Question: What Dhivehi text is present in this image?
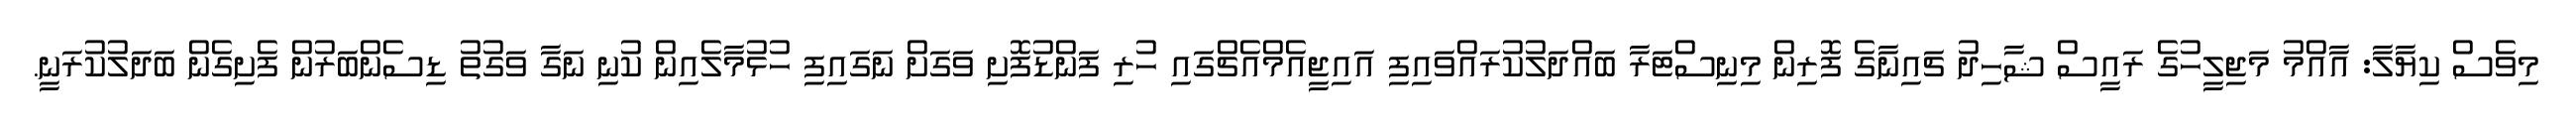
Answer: މިވެސް ކިޔާލާ: އާއްމު މަޖިލީހުގެ ރައީސް ޝާހިދު ޗައިނާގެ ފޮރިން މިނިސްޓަރާ ބައްދަލުކުރައްވައިފި އައިޖީއެމްއެޗްގައި ހުރި ފަންޑުފޮށި ވަގަށް ނަގައިފި ހުޅުމާލެއިން ކުނި ނަގާ ވަގުތު ޑިސެންބަރުން ފެށިގެން ބަދަލުކުރަނީ.